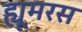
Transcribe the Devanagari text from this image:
ह्यूमरस